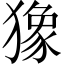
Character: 𤡸